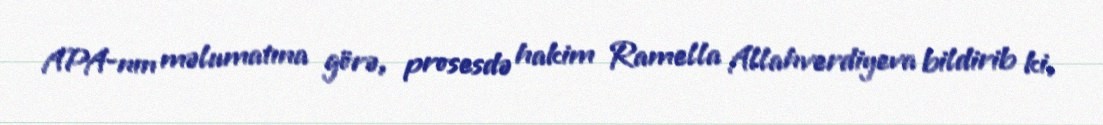
APA-nın məlumatına görə, prosesdə hakim Ramella Allahverdiyeva bildirib ki,